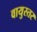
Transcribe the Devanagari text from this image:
वायुस्तर